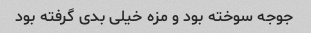
جوجه سوخته بود و مزه خیلی بدی گرفته بود